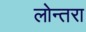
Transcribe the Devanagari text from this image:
लोन्तरा